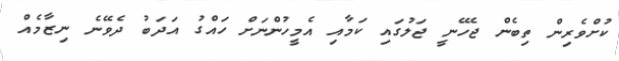
ކުށްވެރިން ތިބެން ޖެހޭނީ ޖަލުގައި ކަމާއި އެމީހުންނަށް ހައްގު އަދަބު ދެވޭނެ ނިޒާމެއް